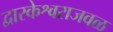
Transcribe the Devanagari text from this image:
द्वारकेश्वराजवळ